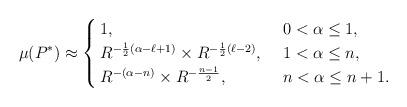
LaTeX: \begin{align*}\mu(P^*) \approx \begin{cases}\, 1,\,&\, 0<\alpha \le 1,\\\, R^{-\frac 12(\alpha - \ell +1) }\times R^{-\frac12(\ell-2)},\,&\, 1< \alpha \le n,\\\, R^{-(\alpha -n)}\times R^{-\frac{n-1}{2}},\,&\, n< \alpha\le n+1.\end{cases}\end{align*}